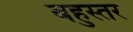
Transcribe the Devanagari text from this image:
बहुस्तर